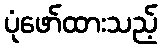
ပုံဖော်ထားသည့်